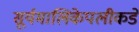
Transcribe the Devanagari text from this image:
सूर्यमालिकेपलीकडे